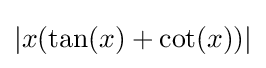
|x(\tan(x)+\cot(x))|